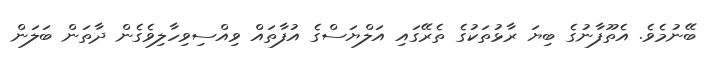
ބޭނުމެވެ. އެތޫފާނުގެ ބިޔަ ރާޅުތަކުގެ ތެރޭގައި އަލްޔަސްގެ އުފާތައް ވިއްސިވިހާލިވެގެން ދާތަން ބަލަން